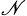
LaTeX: _{\mathscr{N}}